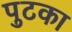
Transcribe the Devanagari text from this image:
पुटका